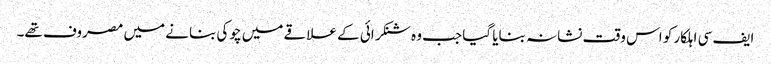
ایف سی اہلکار کو اس وقت نشانہ بنایا گیا جب وہ شنکرائی کے علاقے میں چوکی بنانے میں مصروف تھے۔